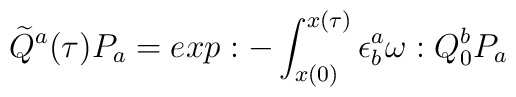
\widetilde Q^a(\tau)P_a=exp:-\int_{x(0)}^{x(\tau)}\epsilon_b^a\omega:Q_0^bP_a